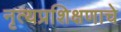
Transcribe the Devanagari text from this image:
नृत्यप्रशिक्षणाचे